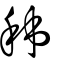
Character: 秭